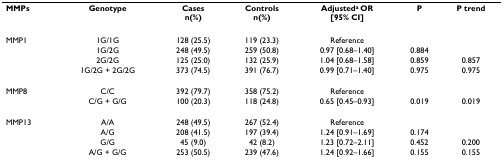
| MMPs | Genotype | Casesn(%) | Controlsn(%) | Adjusteda OR[95% CI] | P | P trend |
 | --- | --- | --- | --- | --- | --- | --- |
 | MMP1 | 1G/1G | 128 (25.5) | 119 (23.3) | Reference |  |  |
 |  | 1G/2G | 248 (49.5) | 259 (50.8) | 0.97 [0.68–1.40] | 0.884 |  |
 |  | 2G/2G | 125 (25.0) | 132 (25.9) | 1.04 [0.68–1.58] | 0.859 | 0.857 |
 |  | 1G/2G + 2G/2G | 373 (74.5) | 391 (76.7) | 0.99 [0.71–1.40] | 0.975 | 0.975 |
 | MMP8 | C/C | 392 (79.7) | 358 (75.2) | Reference |  |  |
 |  | C/G + G/G | 100 (20.3) | 118 (24.8) | 0.65 [0.45–0.93] | 0.019 | 0.019 |
 | MMP13 | A/A | 248 (49.5) | 267 (52.4) | Reference |  |  |
 |  | A/G | 208 (41.5) | 197 (39.4) | 1.24 [0.91–1.69] | 0.174 |  |
 |  | G/G | 45 (9.0) | 42 (8.2) | 1.23 [0.72–2.11] | 0.452 | 0.200 |
 |  | A/G + G/G | 253 (50.5) | 239 (47.6) | 1.24 [0.92–1.66] | 0.155 | 0.155 |